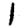
Digit: 1